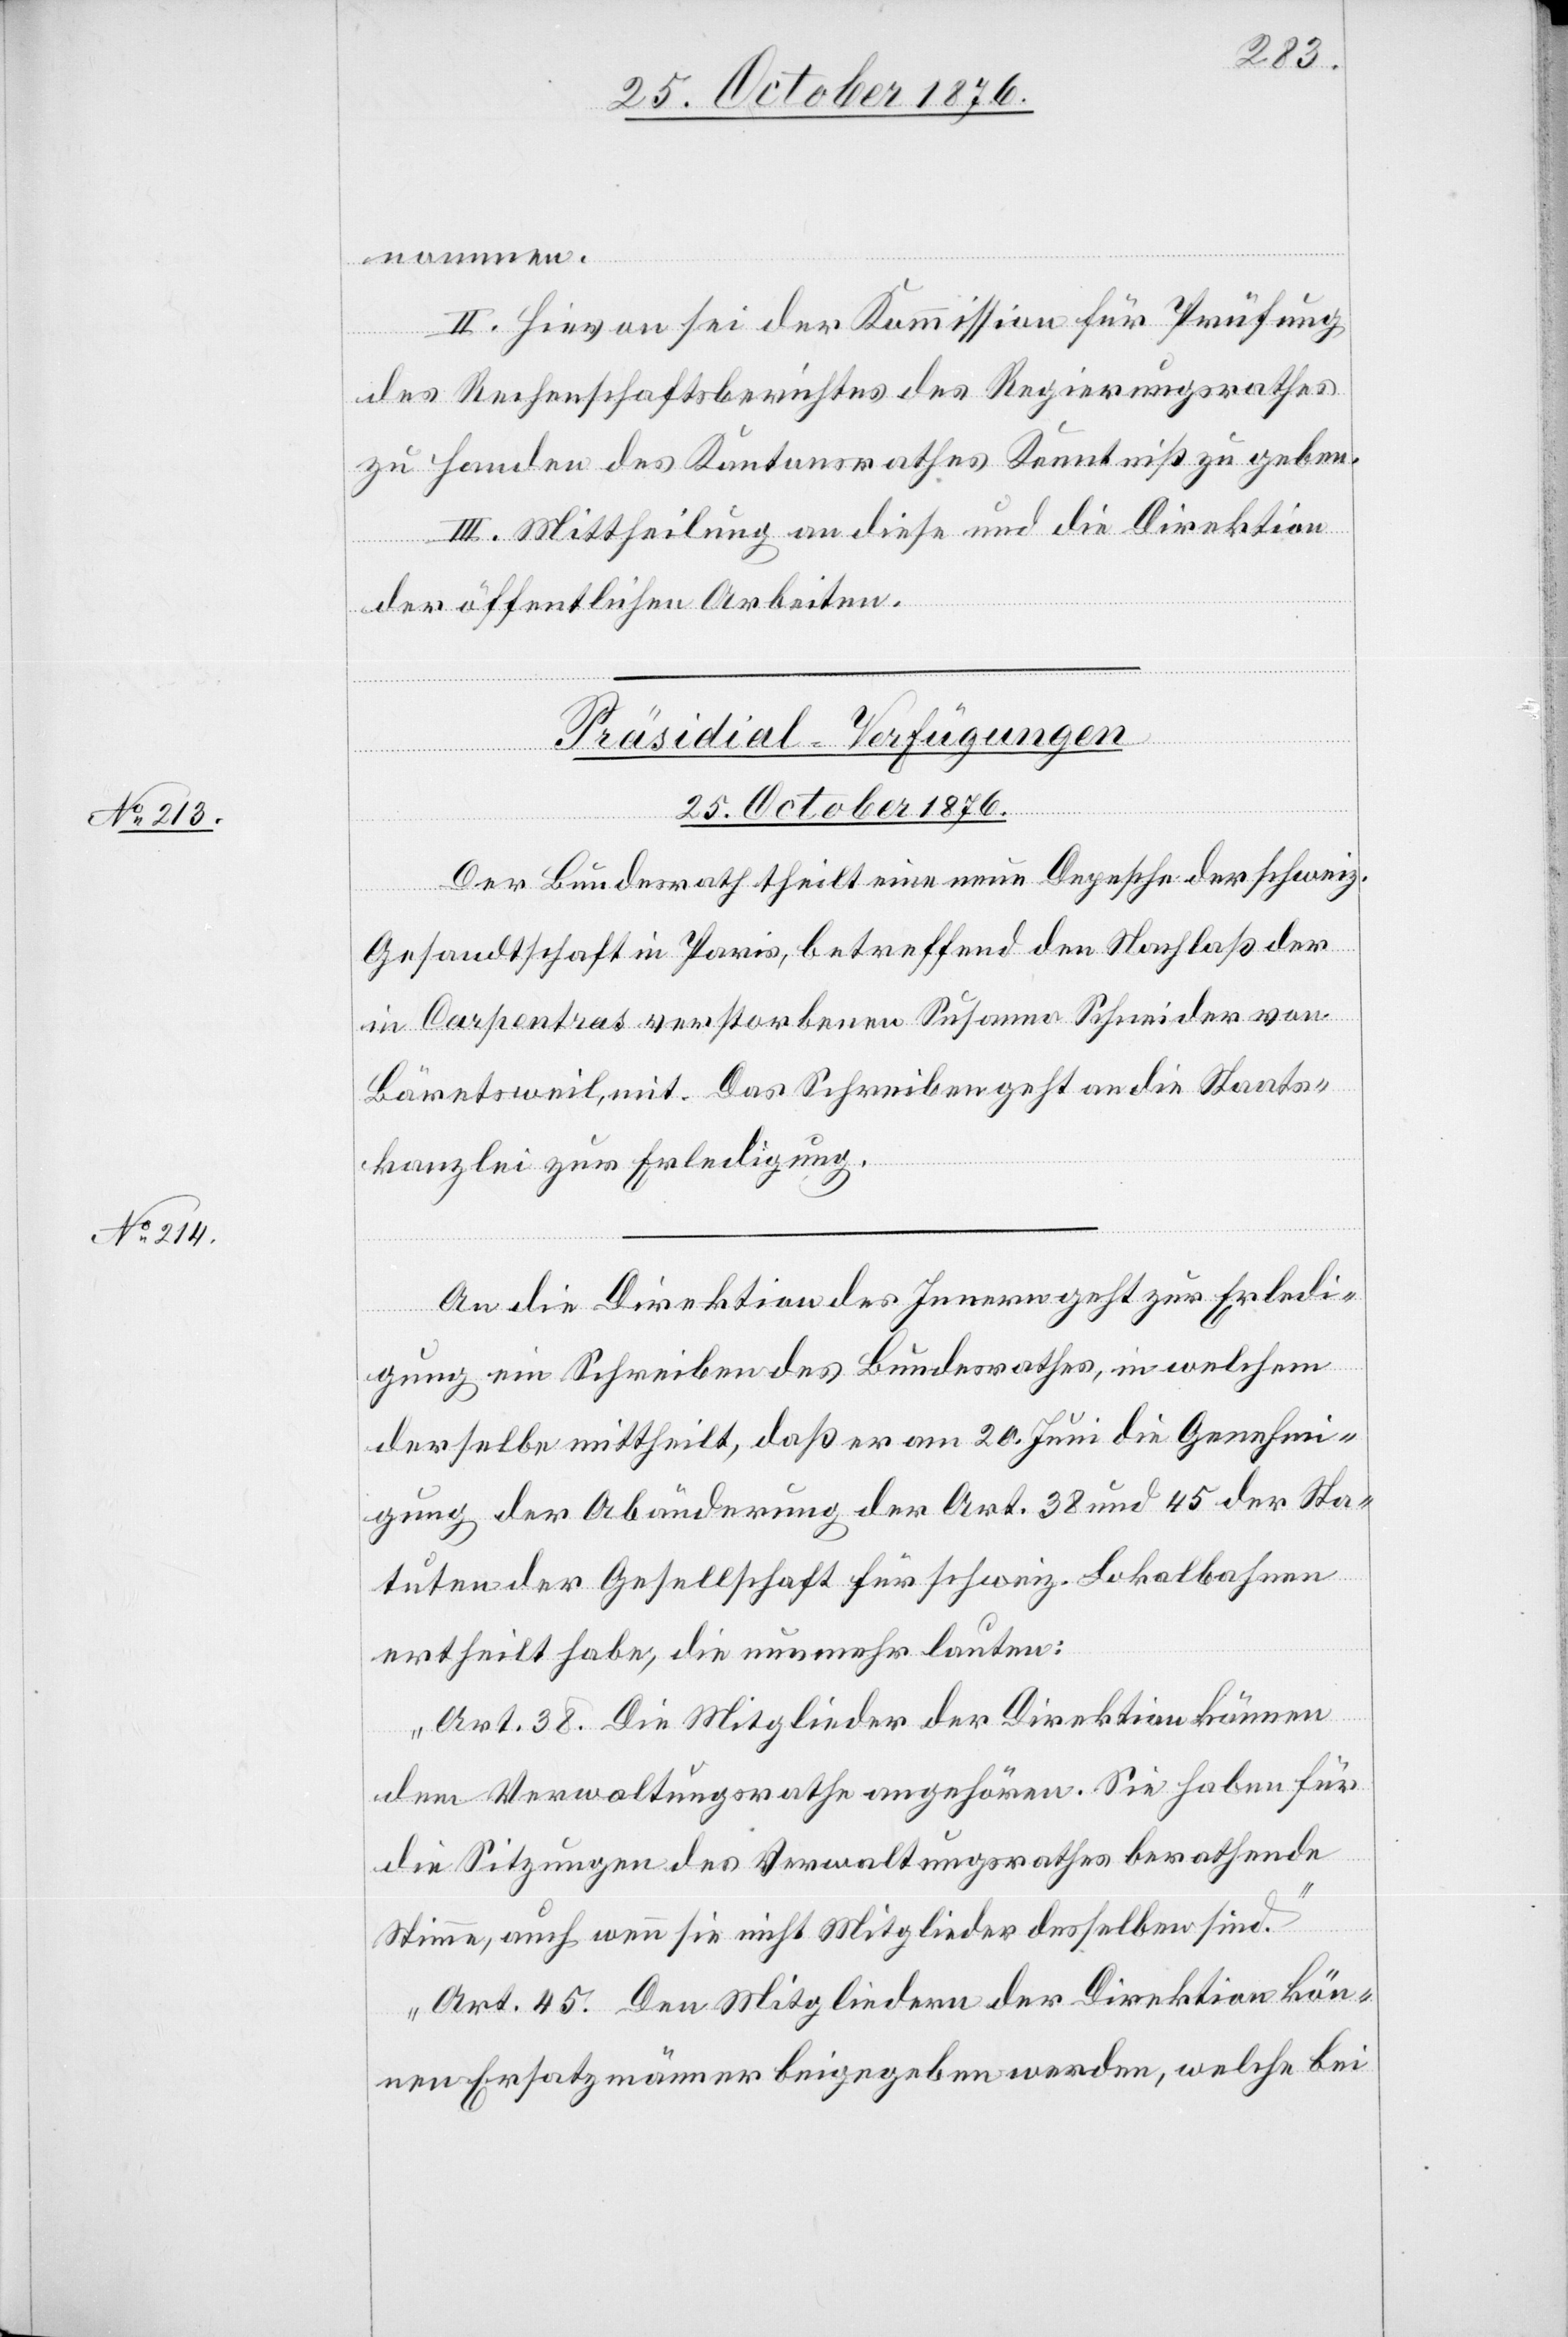
nommen.
II. Hievon sei der Kommission für Prüfung
des Rechenschaftsberichtes des Regierungsrathes
zu Handen des Kantonsrathes Kenntniß zu geben.
III. Mittheilung an diese und die Direktion
der öffentlichen Arbeiten.
[Präsidial-Verfügungen
25. October 1876.]
Der Bundesrath theilt eine neue Depesche der schweiz.
Gesandtschaft in Paris, betreffend den Nachlaß der
in Carpentras verstorbenen Susanna Schneider von
Bäretsweil, mit. Das Schreiben geht an die Staats¬
kanzlei zur Erledigung.
An die Direktion des Innern geht zur Erledi¬
gung ein Schreiben des Bundesrathes, in welchem
derselbe mittheilt, daß er am 20. Juni die Genehmi¬
gung der Abänderung der Art. 38 und 45 der Sta¬
tuten der Gesellschaft für schweiz. Lokalbahnen
ertheilt habe, die nunmehr lauten:
„Art. 38. Die Mitglieder der Direktion können
dem Verwaltungsrathe angehören. Sie haben für
die Sitzungen des Verwaltungsrathes berathende
Stimme, auch wenn sie nicht Mitglieder derselben sind.“
„Art. 45. Den Mitgliedern der Direktion kön¬
nen Ersatzmänner beigegeben werden, welche bei